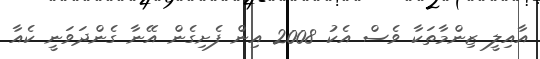
އާއިލީ ޒިންމާތަކާ ވެސް އެކު 2008 އިން ފެށިގެން އޭނާ ގެންދަވަނީ ކެއާ